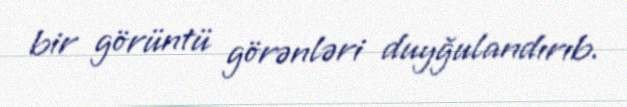
bir görüntü görənləri duyğulandırıb.